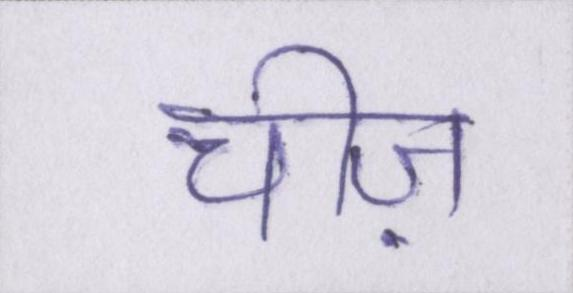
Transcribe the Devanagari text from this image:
चीज़